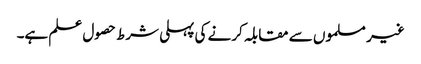
غیر مسلموں سے مقابلہ کرنے کی پہلی شرط حصول علم ہے۔